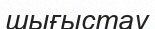
шығыстау